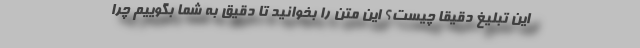
این تبلیغ دقیقا چیست؟ این متن را بخوانید تا دقیق به شما بگوییم چرا